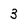
Character: 3